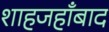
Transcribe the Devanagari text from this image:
शाहजहाँबाद